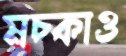
মচ্‌কাও